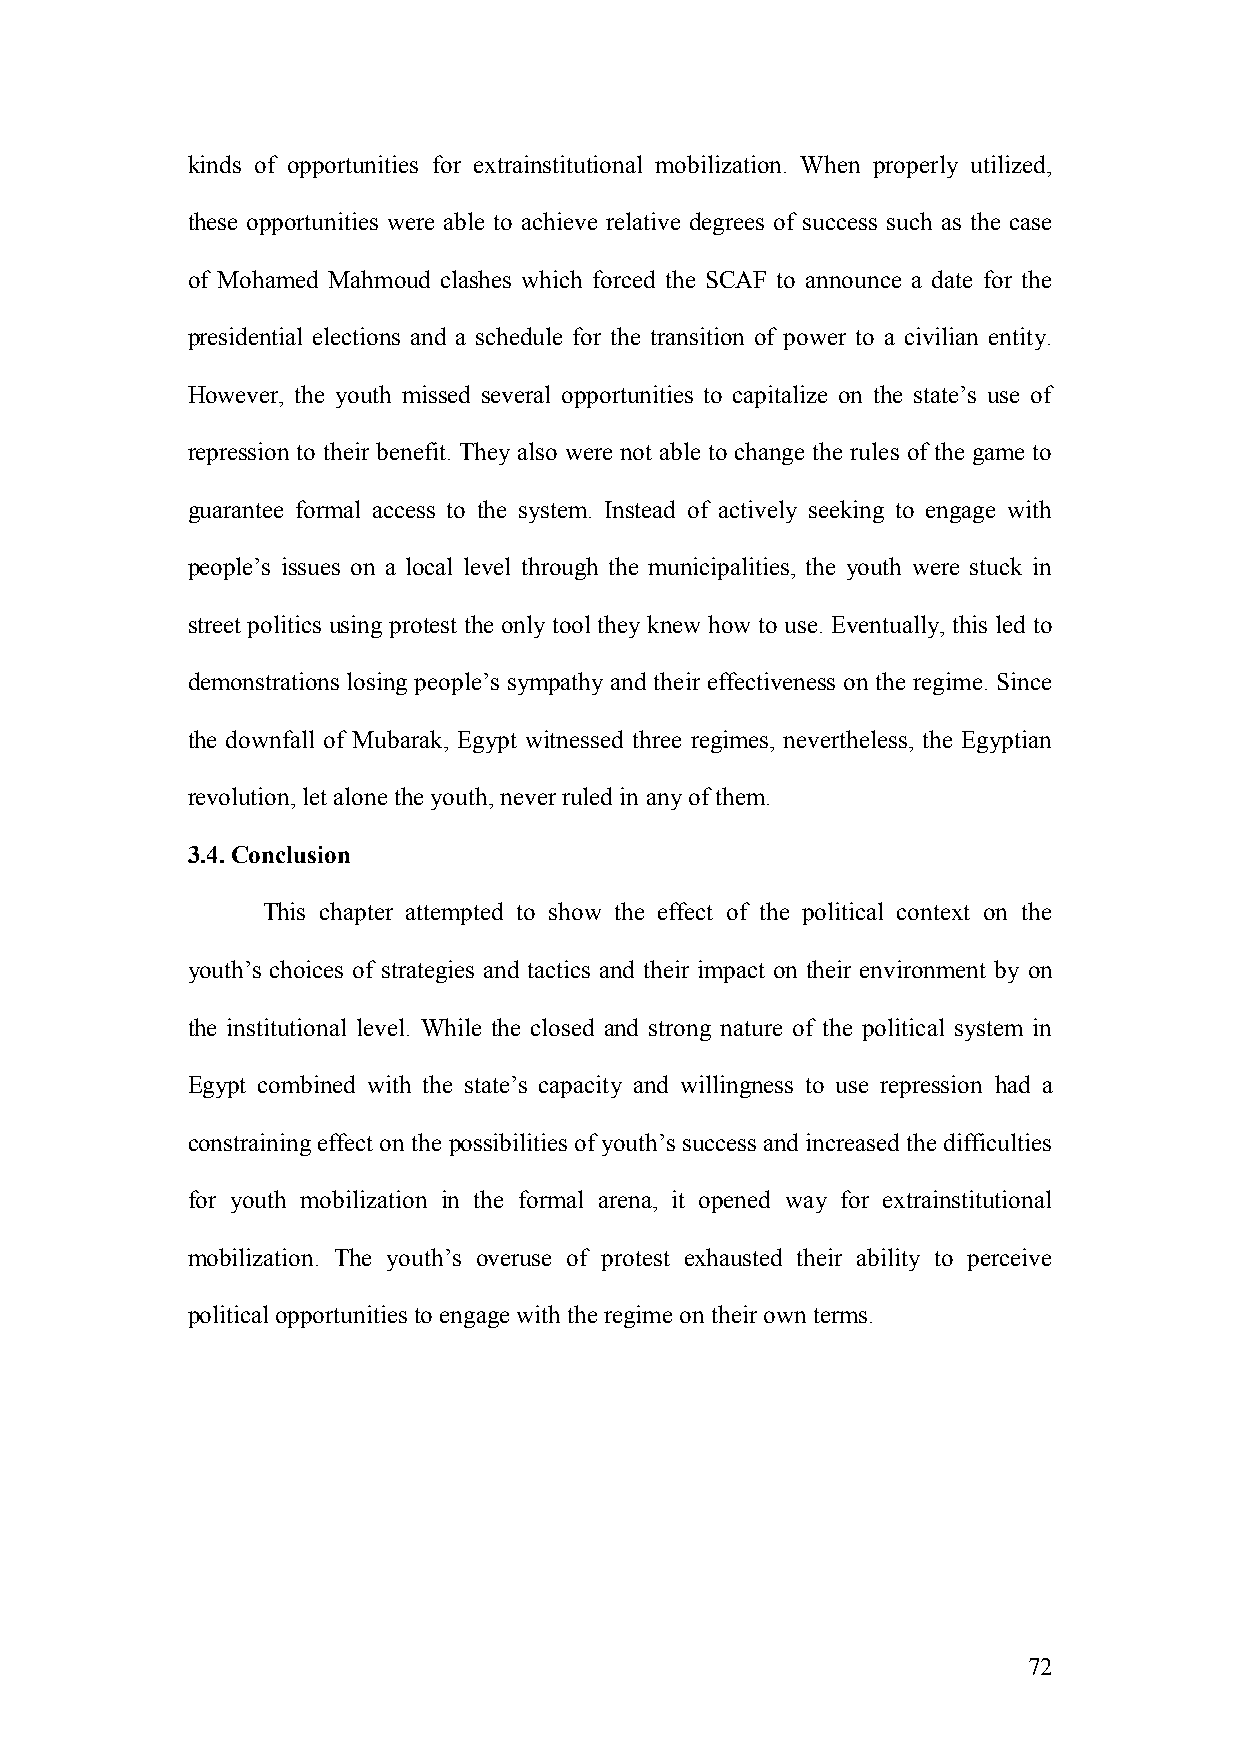
kinds of opportunities for extrainstitutional mobilization. When properly utilized,
 these opportunities were able to achieve relative degrees of success such as the case
 of Mohamed Mahmoud clashes which forced the SCAF to announce a date for the
 presidential elections and a schedule for the transition of power to a civilian entity.
 However, the youth missed several opportunities to capitalize on the state’s use of
 repression to their benefit. They also were not able to change the rules of the game to
 guarantee formal access to the system. Instead of actively seeking to engage with
 people’s issues on a local level through the municipalities, the youth were stuck in
 street politics using protest the only tool they knew how to use. Eventually, this led to
 demonstrations losing people’s sympathy and their effectiveness on the regime. Since
 the downfall of Mubarak, Egypt witnessed three regimes, nevertheless, the Egyptian
 revolution, let alone the youth, never ruled in any of them.
 3.4. Conclusion
 This chapter attempted to show the effect of the political context on the
 youth’s choices of strategies and tactics and their impact on their environment by on
 the institutional level. While the closed and strong nature of the political system in
 Egypt combined with the state’s capacity and willingness to use repression had a
 constraining effect on the possibilities of youth’s success and increased the difficulties
 for youth mobilization in the formal arena, it opened way for extrainstitutional
 mobilization. The youth’s overuse of protest exhausted their ability to perceive
 political opportunities to engage with the regime on their own terms.
 72